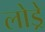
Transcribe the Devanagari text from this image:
लोड्रे